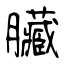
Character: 臟